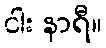
ငါး နာရီ။